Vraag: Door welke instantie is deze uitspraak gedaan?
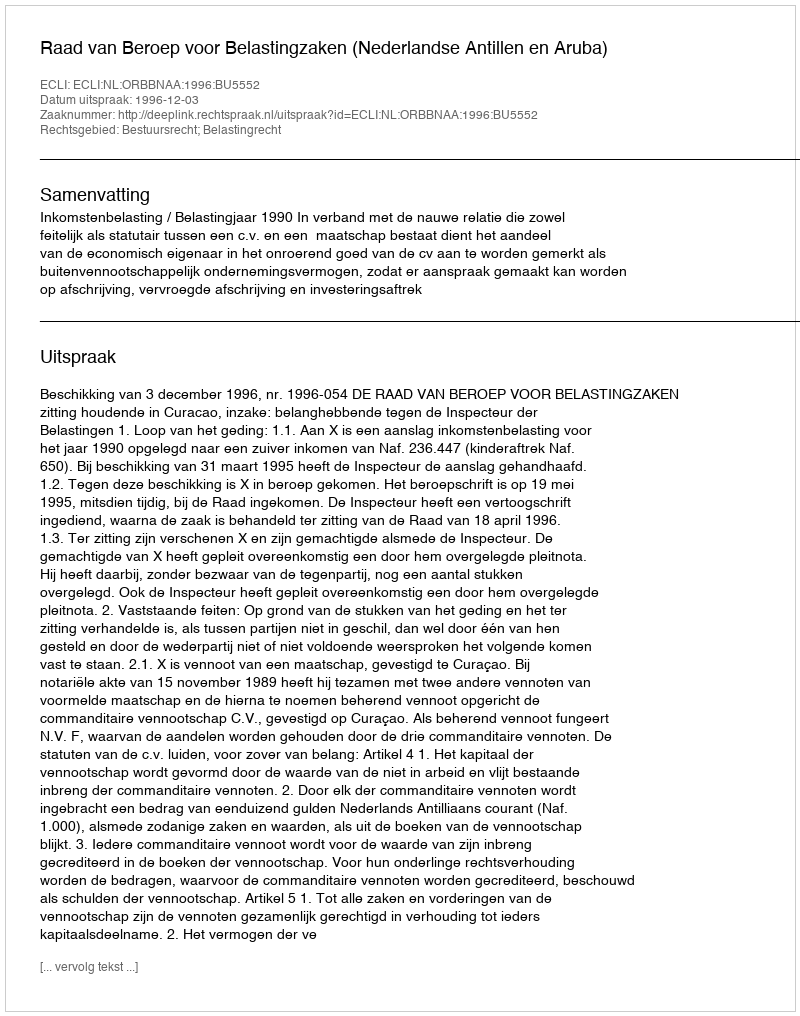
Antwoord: Raad van Beroep voor Belastingzaken (Nederlandse Antillen en Aruba)